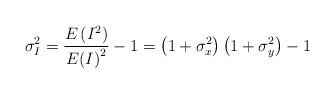
\begin{align*}\sigma _{I}^{2}=\frac{E\left( {{I}^{2}} \right)}{E{{\left( I \right)}^{2}}}-1=\left( 1+\sigma _{x}^{2} \right)\left( 1+\sigma _{y}^{2} \right)-1\end{align*}